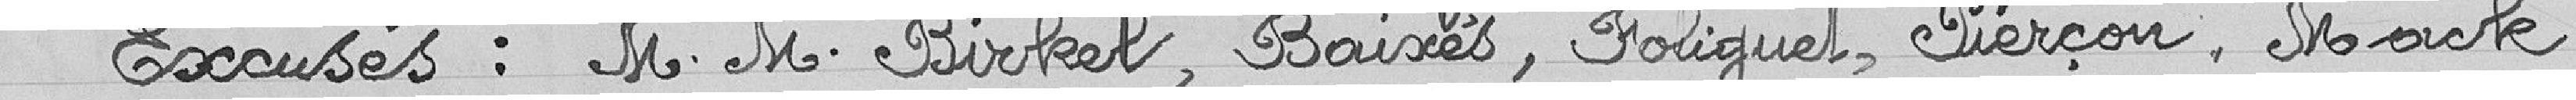
Excusés : Messieurs Birkel, Baixés, Foliguel, Pierçon, Marck